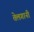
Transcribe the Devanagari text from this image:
तेलगानी